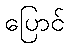
ပြောင်